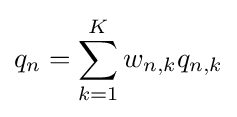
q_{n}=\sum _{k=1}^{K}w_{n,k}q_{n,k}